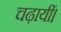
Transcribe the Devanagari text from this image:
चढ़ायीं।